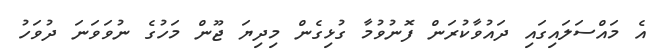
އެ މައްސަލައިގައި ދައުވާކުރަން ފޮނުވުމާ ގުޅިގެން މިދިޔަ ޖޫން މަހުގެ ނުވަވަނަ ދުވަހު